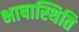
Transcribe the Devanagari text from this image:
भाषास्थिति